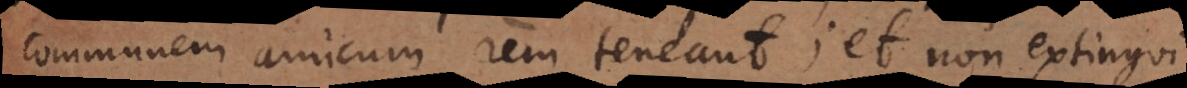
communem amicum rem teneant; et non extingui